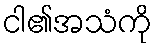
ငါ၏အသံကို